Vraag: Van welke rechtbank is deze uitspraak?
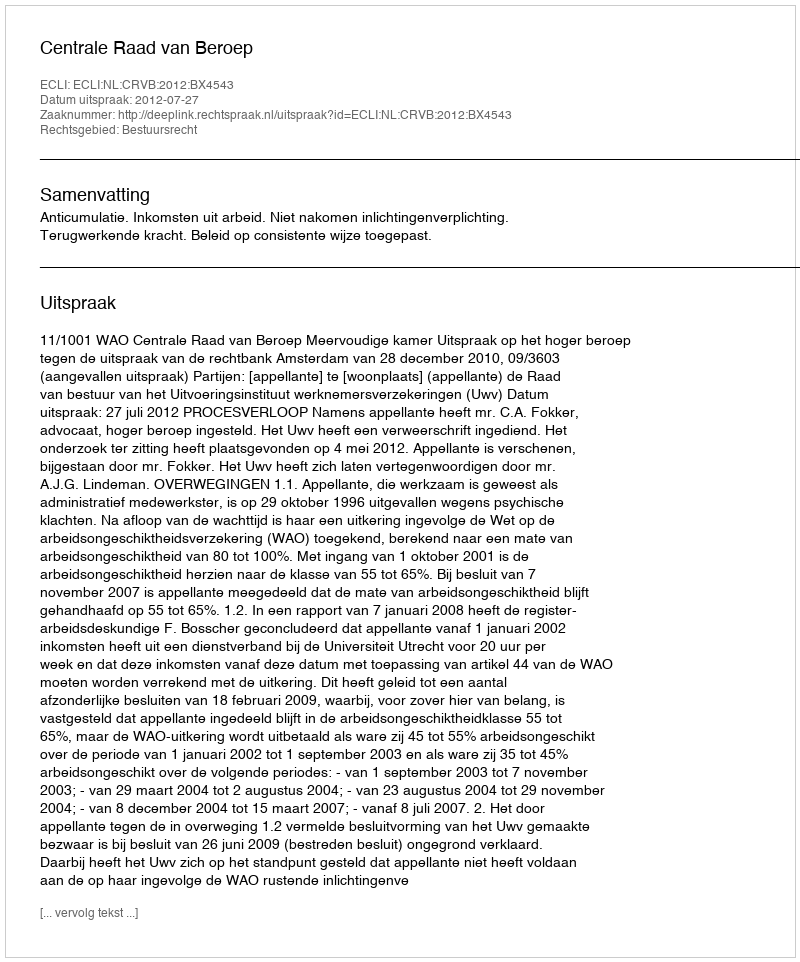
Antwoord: Centrale Raad van Beroep